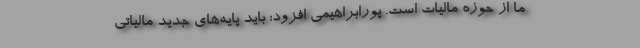
ما از حوزه مالیات است. پورابراهیمی افزود: باید پایه‌های جدید مالیاتی